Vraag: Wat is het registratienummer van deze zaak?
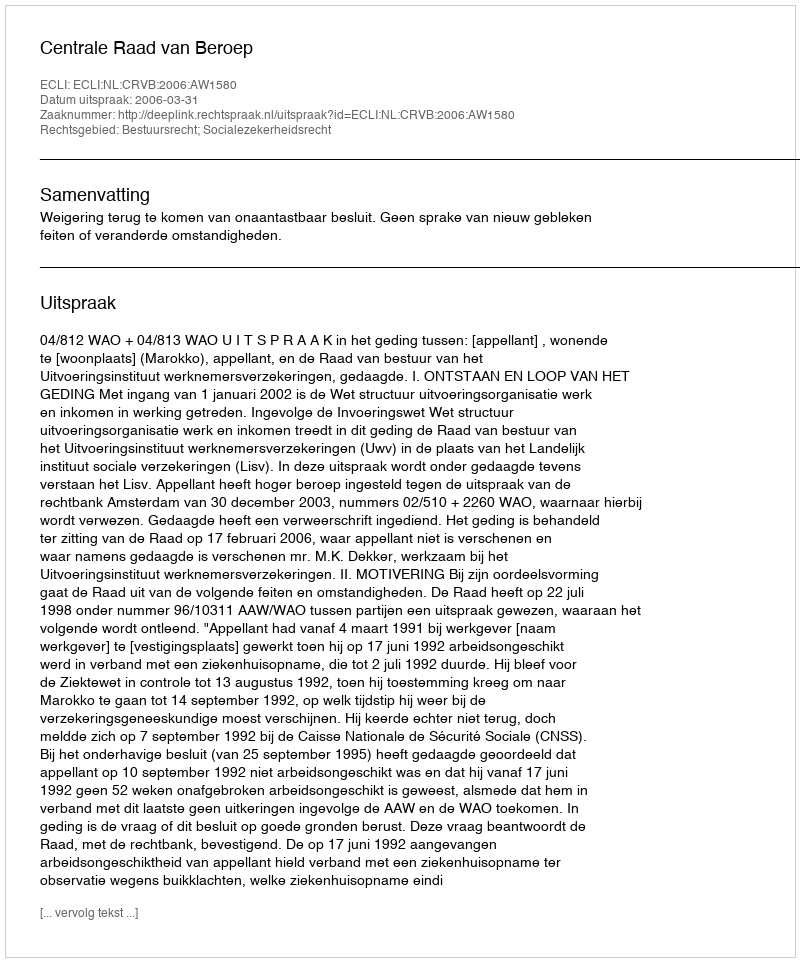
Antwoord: http://deeplink.rechtspraak.nl/uitspraak?id=ECLI:NL:CRVB:2006:AW1580